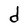
Character: d